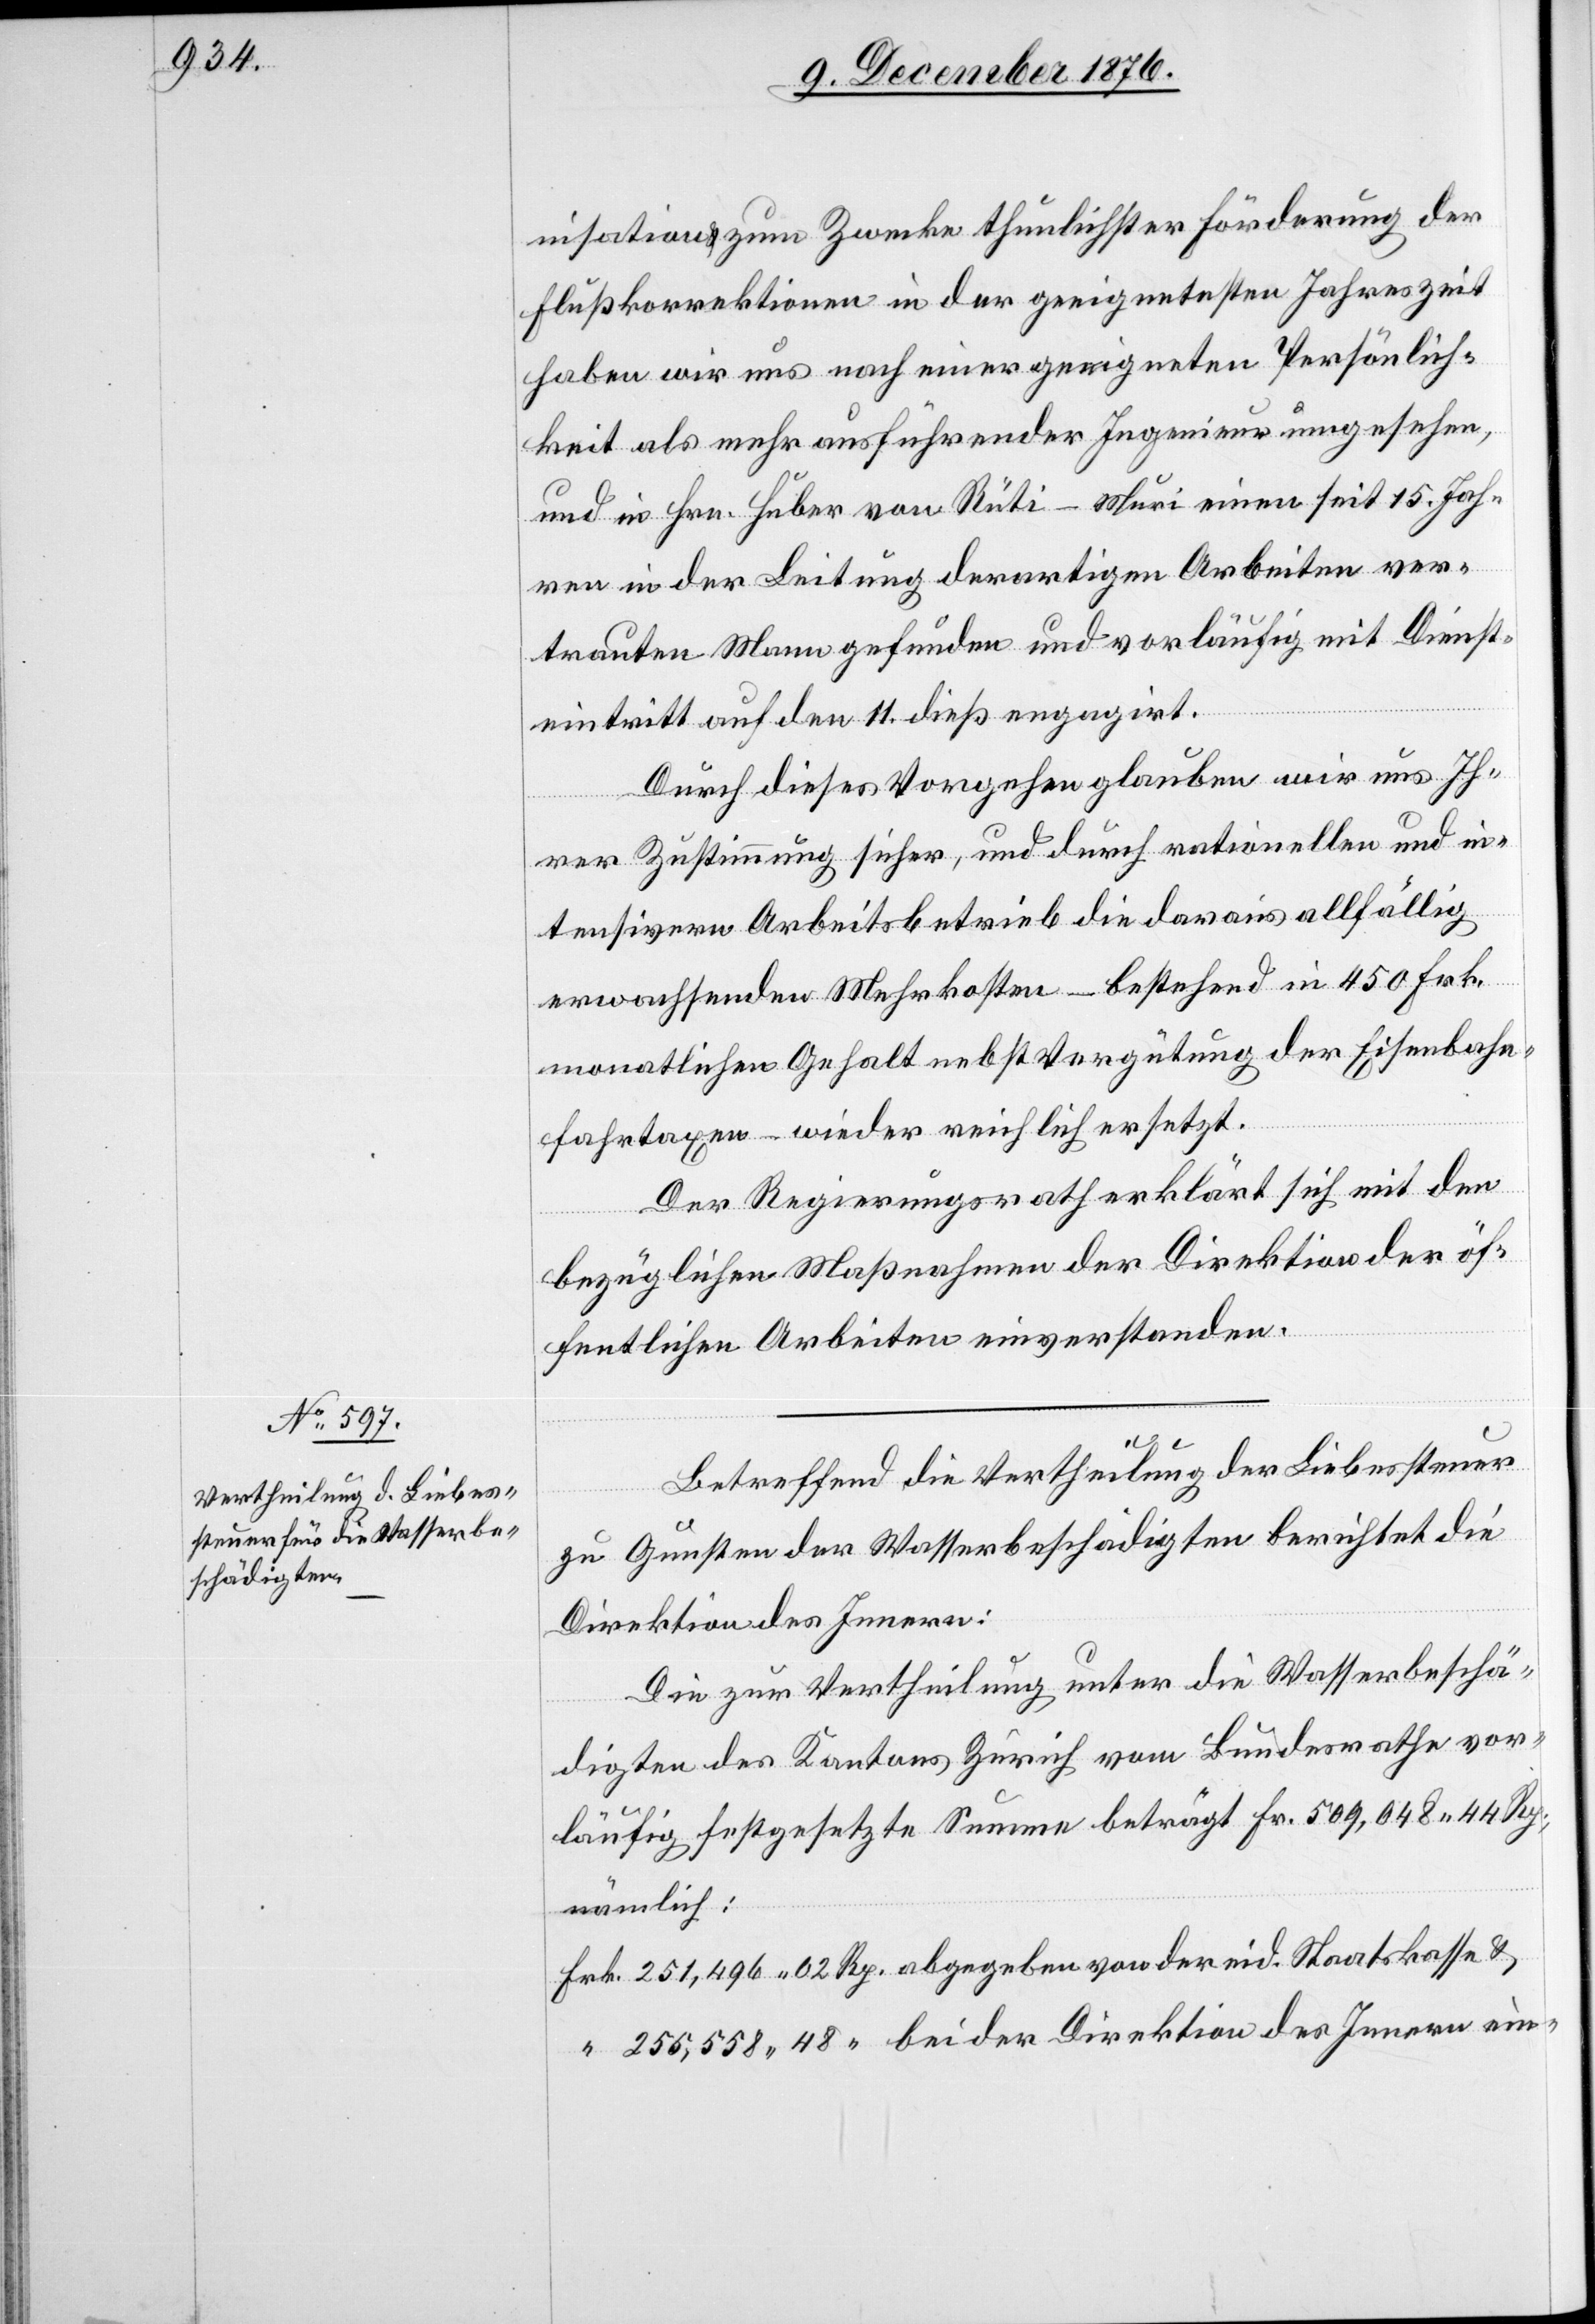
nisation zum Zwecke thunlichster Förderung der
Flußkorrektionen in der geeignetesten Jahreszeit
haben wir uns nach einer geeigneten Persönlich¬
keit als mehr ausführender Ingenieur umgesehen,
und in Hrn. Huber von Rüti - Muri einen seit 15 Jah¬
ein-
ren in der Leitung derartigen Arbeiten ver¬
trauten Mann gefunden und vorläufig mit Dienst¬
eintritt auf den 11. dieß engagirt.
Durch dieses Vorgehen glauben wir uns Ih¬
rer Zustimmung sicher, und durch rationellen und in¬
tensivern Arbeitsbetrieb die daraus allfällig
erwachsenden Mehrkosten – bestehend in 450 Frk.
monatlichen Gehalt nebst Vergütung der Eisenbahn¬
fahrtaxen – wieder reichlich ersetzt.
Der Regierungsrath erklärt sich mit den
bezüglichen Maßnahmen der Direktion der öf¬
fentlichen Arbeiten einverstanden.
Betreffend die Vertheilung der Liebessteuer
zu Gunsten der Wasserbeschädigten berichtet die
Direktion des Innern
Die zur Vertheilung unter die Wasserbeschä¬
digten des Kantons Zürich vom Bundesrathe vor¬
läufig festgesetzte Summe beträgt Fr. 509,048 44 Rp.,
nämlich: